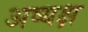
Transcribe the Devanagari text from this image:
अष्यक्ष